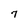
Character: 7